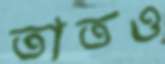
তাতও